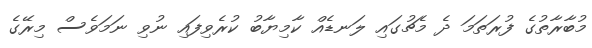
މުުބާރާތުގެ ފުރަތަމަ ދެ މެޗުގައި ލަނޑެއް ކާމިޔާބު ކުރެވިފައި ނުވި ނަމަވެސް މިރޭގެ